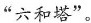
”六和塔”.